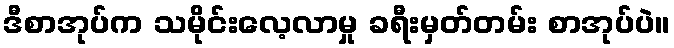
ဒီစာအုပ်က သမိုင်းလေ့လာမှု ခရီးမှတ်တမ်း စာအုပ်ပဲ။